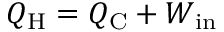
Q _ { \mathrm { { H } } } = Q _ { \mathrm { { C } } } + W _ { \mathrm { { i n } } }